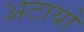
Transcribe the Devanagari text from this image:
अटायो